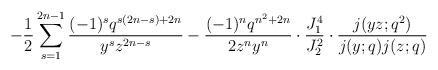
LaTeX: \begin{align*}-\frac{1}{2}\sum_{s=1}^{2n-1}\frac{(-1)^sq^{s(2n-s)+2n}}{y^{s}z^{2n-s}} - \frac{(-1)^nq^{n^2+2n}}{2z^{n}y^{n}}\cdot \frac{J_1^4}{J_2^2}\cdot \frac{j(yz;q^2)}{j(y;q)j(z;q)}\end{align*}